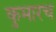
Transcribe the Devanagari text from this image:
कुमारच